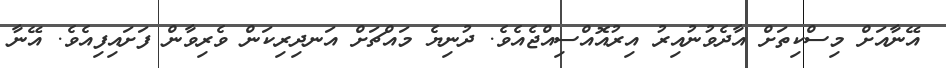
އޭނާއަށް މިސްކިތަށް އާދެވުނުއިރު އިރުއޮއްސިއްޖެއެވެ. ދުނިޔެ މައްޗަށް އަނދިރިކަން ވެރިވާން ފަށައިފިއެވެ. އޭނާ